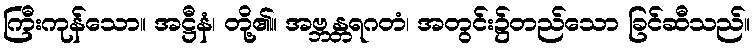
ကြီးကုန်သော။ အဋ္ဌီနံ၊ တို့၏။ အဗ္ဘန္တရဂတံ၊ အတွင်း၌တည်သော ခြင်ဆီသည်။